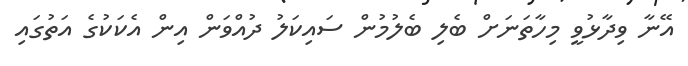
އޭނާ ވިދާޅުވީ މިހާތަނަށް ބެލި ބެލުމުން ސައިކަލު ދުއްވަން އިން އެކަކުގެ އަތުގައި